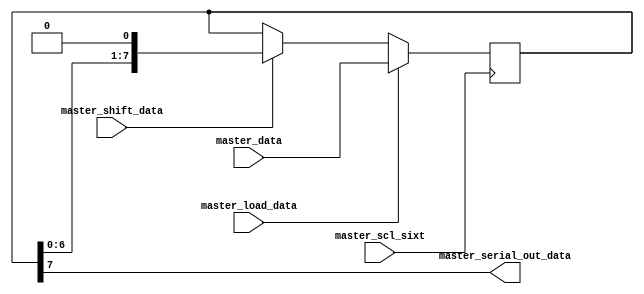
// Code for PISO register to transfer data serially from master to slave
module mast_piso_data(
    master_data,
    master_scl_sixt,
    master_load_data,
    master_shift_data,
    master_serial_out_data
);
    input [7:0] master_data;
    input master_load_data, master_shift_data;
    input master_scl_sixt;
    output master_serial_out_data;
    reg [7:0] master_temp_data;

    always @(negedge master_scl_sixt)
        if (master_load_data)
            master_temp_data <= master_data;
        else if (master_shift_data)
            master_temp_data <= {master_temp_data[6:0], 1'b0};
        else
            master_temp_data <= master_temp_data;

    assign master_serial_out_data = master_temp_data[7];
endmodule